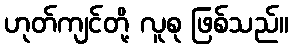
ဟုတ်ကျင်တို့ လူစု ဖြစ်သည်။